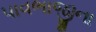
પાવભાજીના